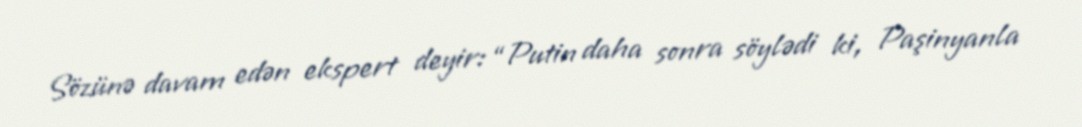
Sözünə davam edən ekspert deyir: “Putin daha sonra söylədi ki, Paşinyanla